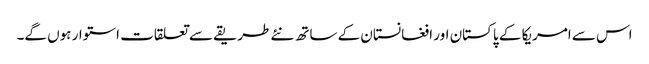
اس سے امریکا کے پاکستان اور افغانستان کے ساتھ نئے طریقے سے تعلقات استوار ہوں گے۔